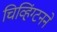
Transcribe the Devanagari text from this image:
चिव्हिंग्टनने